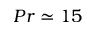
P r \simeq 1 5